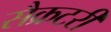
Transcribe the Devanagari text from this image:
सैक्रटरी